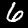
Label: 6